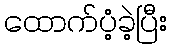
ထောက်ပံ့ခဲ့ပြီး